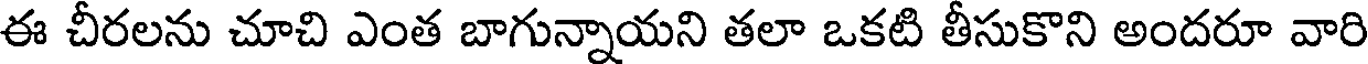
ఈ చీరలను చూచి ఎంత బాగున్నాయని తలా ఒకటి తీసుకొని అందరూ వారి